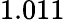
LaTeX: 1.011